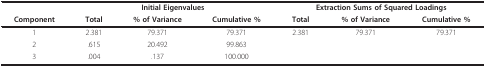
<table><thead><tr><td></td><td colspan="3"><b>Initial Eigenvalues</b></td><td colspan="3"><b>Extraction Sums of Squared Loadings</b></td></tr><tr><td><b>Component</b></td><td><b>Total</b></td><td><b>% of Variance</b></td><td><b>Cumulative %</b></td><td><b>Total</b></td><td><b>% of Variance</b></td><td><b>Cumulative %</b></td></tr></thead><tbody><tr><td>1</td><td>2.381</td><td>79.371</td><td>79.371</td><td>2.381</td><td>79.371</td><td>79.371</td></tr><tr><td>2</td><td>.615</td><td>20.492</td><td>99.863</td><td></td><td></td><td></td></tr><tr><td>3</td><td>.004</td><td>.137</td><td>100.000</td><td></td><td></td><td></td></tr></tbody></table>